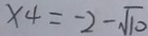
x _ { 4 } = - 2 - \sqrt { 1 0 }